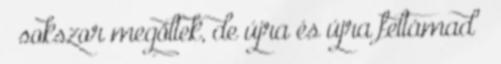
” sokszor megöltek, de újra és újra feltámad “